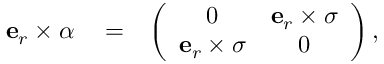
\begin{array} { r l r } { \mathbf { e } _ { r } \times \boldsymbol \alpha } & { { } = } & { \left( \begin{array} { c c } { 0 } & { \mathbf { e } _ { r } \times \boldsymbol \sigma } \\ { \mathbf { e } _ { r } \times \boldsymbol \sigma } & { 0 } \end{array} \right) , } \end{array}